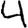
Digit: 4